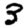
Digit: 3